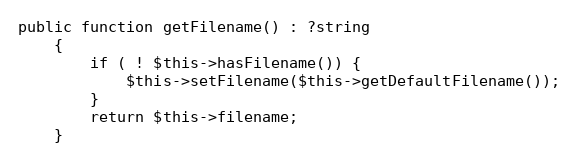
Language: PHP
public function getFilename() : ?string
    {
        if ( ! $this->hasFilename()) {
            $this->setFilename($this->getDefaultFilename());
        }
        return $this->filename;
    }